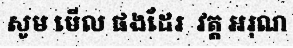
សូម មើល ផងដែរ  វត្ត អរុណ